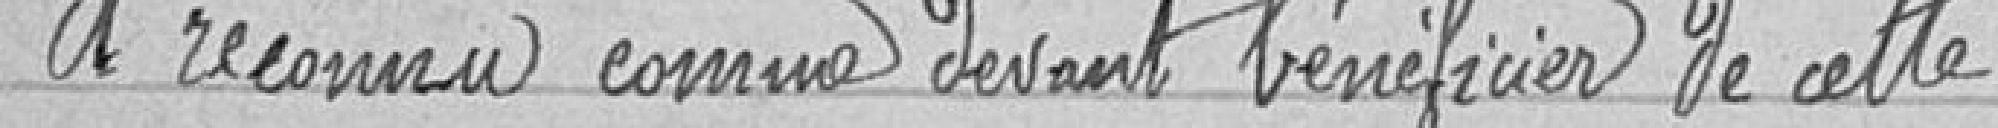
a reconnu comme devant bénéficier de cette